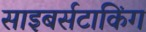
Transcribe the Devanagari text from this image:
साइबर्सटाकिंग